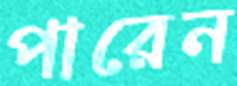
পারেন